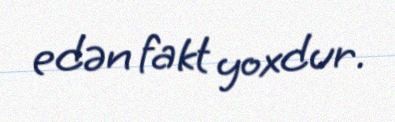
edən fakt yoxdur.